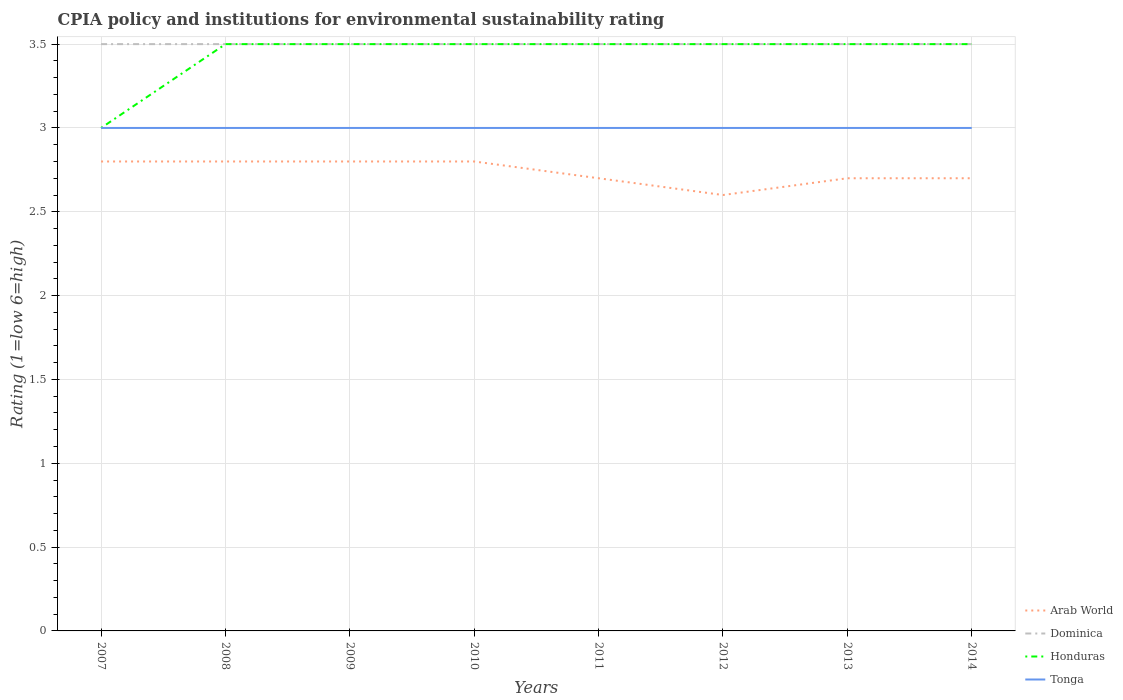
| Years | Arab World | Dominica | Honduras | Tonga |
 | --- | --- | --- | --- | --- |
 | 2007 | 2.8 | 3.5 | 3 | 3 |
 | 2008 | 2.8 | 3.5 | 3.5 | 3 |
 | 2009 | 2.8 | 3.5 | 3.5 | 3 |
 | 2010 | 2.8 | 3.5 | 3.5 | 3 |
 | 2011 | 2.7 | 3.5 | 3.5 | 3 |
 | 2012 | 2.6 | 3.5 | 3.5 | 3 |
 | 2013 | 2.7 | 3.5 | 3.5 | 3 |
 | 2014 | 2.7 | 3.5 | 3.5 | 3 |